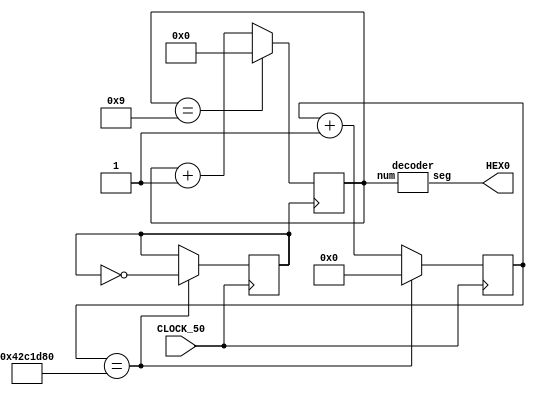
module lab5_4(HEX0, CLOCK_50);
	input CLOCK_50;
	output [6:0]HEX0;
	reg [3:0] num;

	reg clk_1sec;
	reg [27:0] q;
	
	
	decoder d0(HEX0, num[3:0]);
	
	always @ (posedge CLOCK_50) begin
		if (q == 70000000)begin
			q <= 0;
			clk_1sec <= ~clk_1sec;
		end
		else
			q <= q+1;
	end
	
	always @ (posedge clk_1sec) begin
		if (num == 4'b1001)
			num <= 0;
		else
			num <= num+1;
	end
endmodule


module decoder(seg, num);
	 input [3:0] num;
	 output reg [6:0] seg;
    always @(num) begin
        case (num)
			4'b0000: seg <= 7'b1000000; // 0
			4'b0001: seg <= 7'b1111001; // 1
			4'b0010: seg <= 7'b0100100; // 2
			4'b0011: seg <= 7'b0110000; // 3
			4'b0100: seg <= 7'b0011001; // 4
			4'b0101: seg <= 7'b0010010; // 5
			4'b0110: seg <= 7'b0000010; // 6
			4'b0111: seg <= 7'b1111000; // 7
			4'b1000: seg <= 7'b0000000; // 8
			4'b1001: seg <= 7'b0011000; // 9
			4'b1010: seg <= 7'b0001000; // A
			4'b1011: seg <= 7'b0000000; // B
			4'b1100: seg <= 7'b1000110; // C
			4'b1101: seg <= 7'b1000000; // D
			4'b1110: seg <= 7'b0000110; // E
			4'b1111: seg <= 7'b0001110; // F
			default: seg <= 7'b0000000; //  
       endcase
    end
endmodule